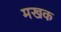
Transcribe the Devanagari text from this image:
मखक